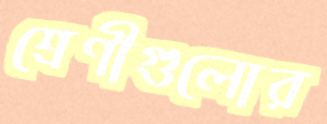
শ্রেণীগুলোর